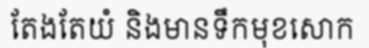
តែងតែយំ និងមានទឹកមុខសោក